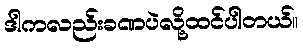
ဒါကလည်းခဏပဲလို့ထင်ပါတယ်။